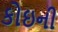
કોઇની